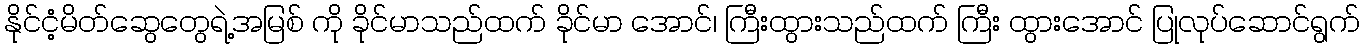
နိုင်ငံ့မိတ်ဆွေတွေရဲ့အမြစ် ကို ခိုင်မာသည်ထက် ခိုင်မာ အောင်၊ ကြီးထွားသည်ထက် ကြီး ထွားအောင် ပြုလုပ်ဆောင်ရွက်